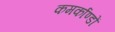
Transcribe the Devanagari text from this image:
कमर्काण्डों